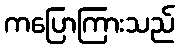
ကပြောကြားသည်